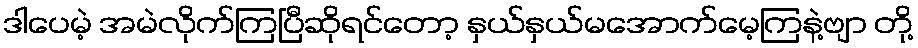
ဒါပေမဲ့ အမဲလိုက်ကြပြီဆိုရင်တော့ နှယ်နှယ်မအောက်မေ့ကြနဲ့ဗျာ တို့